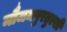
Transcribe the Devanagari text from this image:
मौजमपुरतुल्सी